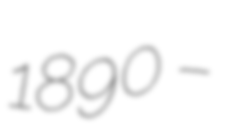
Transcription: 1890 –